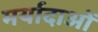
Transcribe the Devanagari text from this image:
मर्यादाआें